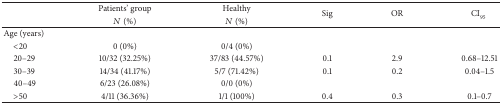
<table><thead><tr><td><b> </b></td><td><b>Patients&#x27; group</b></td><td><b>Healthy</b></td><td rowspan="2"><b>Sig</b></td><td rowspan="2"><b>OR</b></td><td rowspan="2"><b>CI<sub>95</sub></b></td></tr><tr><td><b> </b></td><td><b><i>N</i> (%)</b></td><td><b><i>N</i> (%)</b></td></tr></thead><tbody><tr><td>Age (years)</td><td> </td><td> </td><td> </td><td> </td><td> </td></tr><tr><td> &lt;20</td><td>0 (0%)</td><td>0/4 (0%)</td><td> </td><td> </td><td> </td></tr><tr><td> 20–29</td><td>10/32 (32.25%)</td><td>37/83 (44.57%)</td><td>0.1</td><td>2.9</td><td>0.68–12.51</td></tr><tr><td> 30–39</td><td>14/34 (41.17%)</td><td>5/7 (71.42%)</td><td>0.1</td><td>0.2</td><td>0.04–1.5</td></tr><tr><td> 40–49</td><td>6/23 (26.08%)</td><td>0/0 (0%)</td><td> </td><td> </td><td> </td></tr><tr><td> &gt;50</td><td>4/11 (36.36%)</td><td>1/1 (100%)</td><td>0.4</td><td>0.3</td><td>0.1–0.7</td></tr></tbody></table>